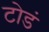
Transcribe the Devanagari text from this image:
टोडं